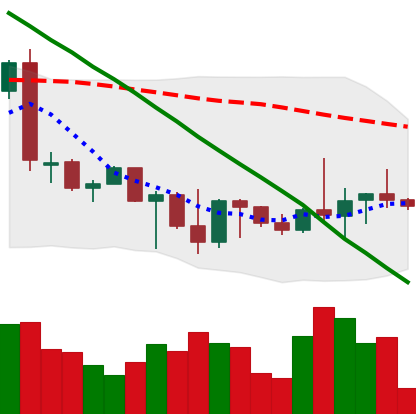
Ticker: BTC-USD
Chart end date: 2022-10-01
Forward return: 3.331%
Label: up_3_5